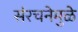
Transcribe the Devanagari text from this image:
संरचनेमुळे